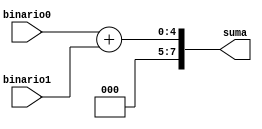
`timescale 1ns / 1ps
//////////////////////////////////////////////////////////////////////////////////
// Company: 
// Engineer: 
// 
// Design Name: 
// Module Name:    Sumador 
// Project Name: 
// Target Devices: 
// Tool versions: 
// Description: 
//
// Dependencies: 
//
// Revision: 
// Revision 0.01 - File Created
// Additional Comments: 
//
//////////////////////////////////////////////////////////////////////////////////
module Sumador(binario0,binario1,suma);
	 
	input [3:0] binario0;
   input [3:0] binario1;
   output reg [7:0] suma;

always @(*)
begin

suma = binario0+ binario1;

end 
			
endmodule